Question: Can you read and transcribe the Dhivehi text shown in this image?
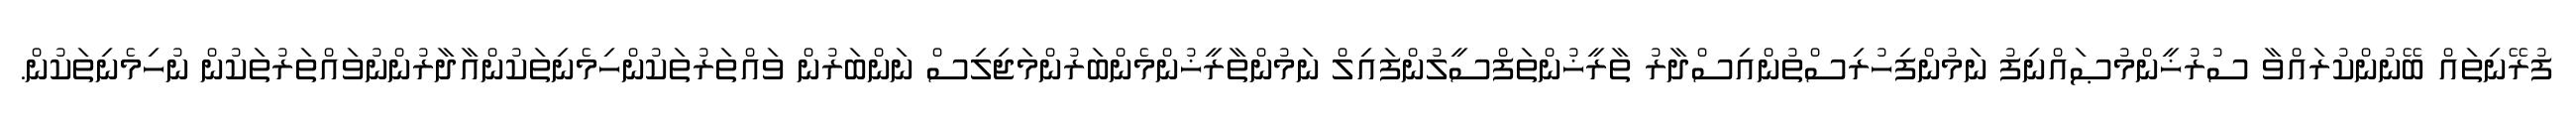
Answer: ފުރޭނިތައް ބޭނުންކުރައްވާ ސުރުޚީންމުޞައްނިފު ނަމުންފިހުރިސްތުންއިސްދާރު ތާރީޚުންތަފްސީލުންފައިލް ނަމުންތާރީޚުންމެންބަރުންމަޖިލިސް ނަންބަރުން ވައްތަރުތަކުންހިމެނިތަކުންއާދާރުންނުވައްތަރުތަކުން ނުހިމެނިތަކުން.